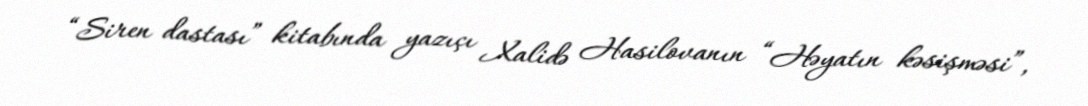
“Siren dastası” kitabında yazıçı Xalidə Hasilovanın “Həyatın kəsişməsi”,